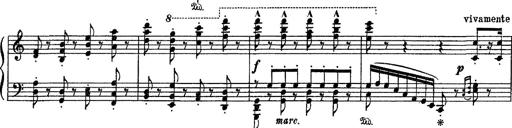
Title: Fantaisie sur des motifs favoris de l'opÃ©ra 'La sonnambula'
Composer: Franz Liszt